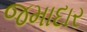
જમાદાર